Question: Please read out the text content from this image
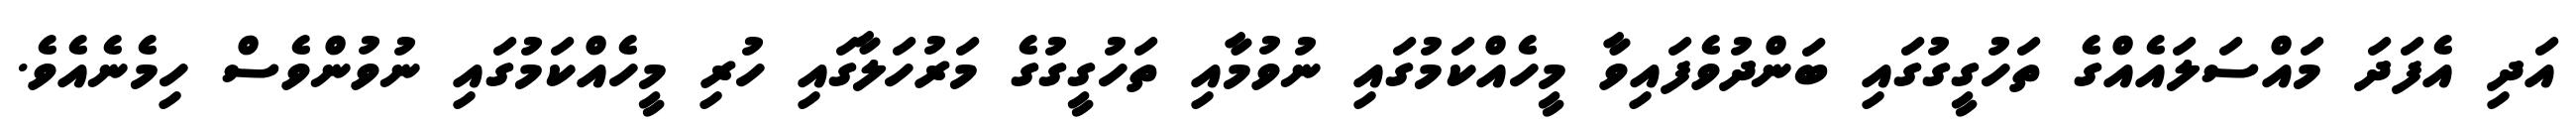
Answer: އަދި އެފަދަ މައްސަލައެއްގެ ތަހުގީގުގައި ބަންދުވެފައިވާ މީހެއްކަމުގައި ނުވުމާއި ތަހުގީގުގެ މަރުހަލާގައި ހުރި މީހެއްކަމުގައި ނުވުންވެސް ހިމެނެއެވެ.